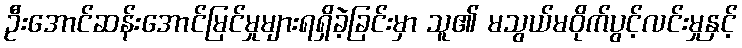
ဦးအောင်ဆန်းအောင်မြင်မှုများရရှိခဲ့ခြင်းမှာ သူ၏ မသွယ်မဝိုက်ပွင့်လင်းမှုနှင့်